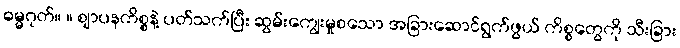
ဓမ္မဂုတ်။ ။ ဈာပနကိစ္စနဲ့ ပတ်သက်ပြီး ဆွမ်းကျွေးမှုစသော အခြားဆောင်ရွက်ဖွယ် ကိစ္စတွေကို သီးခြား